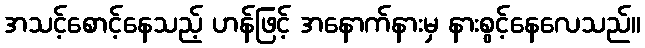
အသင့်စောင့်နေသည့် ဟန်ဖြင့် အနောက်နားမှ နားစွင့်နေလေသည်။